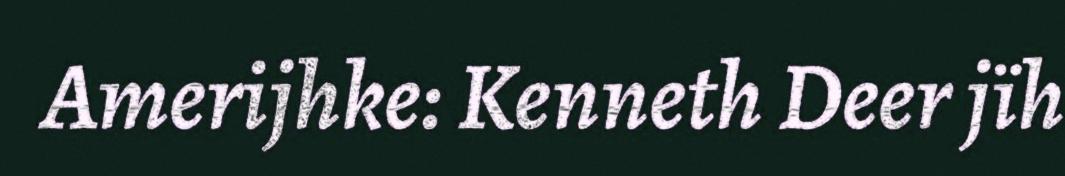
Amerijhke: Kenneth Deer jïh